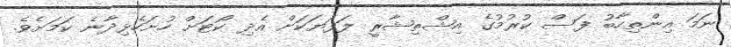
ނަމަ އިންތިހާބު ފަސް ކުރުމުގެ އިޝްތިޝާރީ ލަފަޔަކަށް އެދި ކޯޓަށް ހުށަހެޅިދާނެ ކަމަށެވެ.